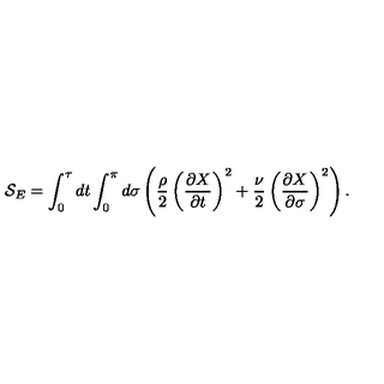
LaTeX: { \cal S } _ { E } = \int _ { 0 } ^ { \tau } d t \int _ { 0 } ^ { \pi } d \sigma \left( \frac { \rho } { 2 } \left( \frac { \partial X } { \partial t } \right) ^ { 2 } + \frac { \nu } { 2 } \left( \frac { \partial X } { \partial \sigma } \right) ^ { 2 } \right) .